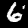
Digit: 6